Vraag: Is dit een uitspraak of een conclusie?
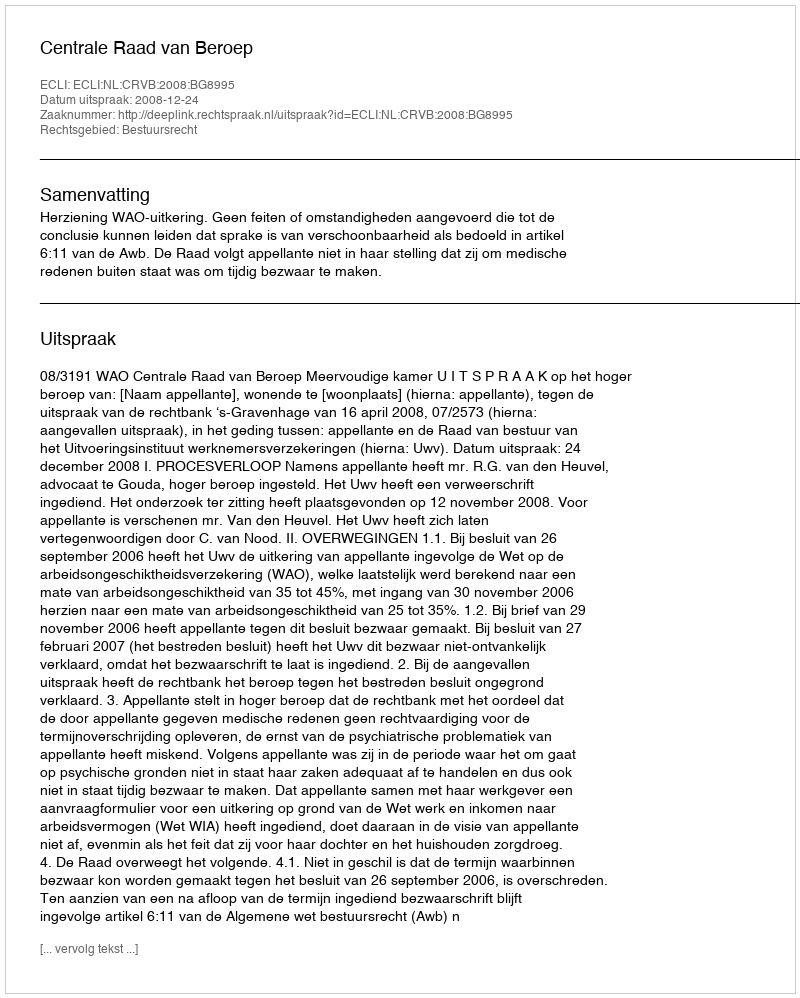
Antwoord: Uitspraak